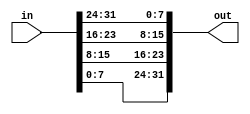
// This program was cloned from: https://github.com/milind7777/VerilogDocGen
// License: MIT License

module vector2 (
  input [31:0] in,
  output [31:0] out

);

  assign out = {in[7:0], in[15:8], in[23:16], in[31:24]};

endmodule